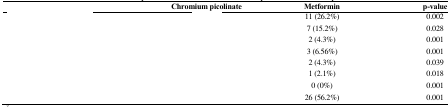
<table><thead><tr><td>[EMPTY_CELL]</td><td><b>Chromium picolinate</b></td><td><b>Metformin</b></td><td><b>p-value</b></td></tr></thead><tbody><tr><td>[EMPTY_CELL]</td><td>[EMPTY_CELL]</td><td>11 (26.2%)</td><td>0.002</td></tr><tr><td>[EMPTY_CELL]</td><td>[EMPTY_CELL]</td><td>7 (15.2%)</td><td>0.028</td></tr><tr><td>[EMPTY_CELL]</td><td>[EMPTY_CELL]</td><td>2 (4.3%)</td><td>0.001</td></tr><tr><td>[EMPTY_CELL]</td><td>[EMPTY_CELL]</td><td>3 (6.56%)</td><td>0.001</td></tr><tr><td>[EMPTY_CELL]</td><td>[EMPTY_CELL]</td><td>2 (4.3%)</td><td>0.039</td></tr><tr><td>[EMPTY_CELL]</td><td>[EMPTY_CELL]</td><td>1 (2.1%)</td><td>0.018</td></tr><tr><td>[EMPTY_CELL]</td><td>[EMPTY_CELL]</td><td>0 (0%)</td><td>0.001</td></tr><tr><td>[EMPTY_CELL]</td><td>[EMPTY_CELL]</td><td>26 (56.2%)</td><td>0.001</td></tr></tbody></table>